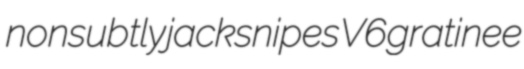
nonsubtly jacksnipes V6 gratinee